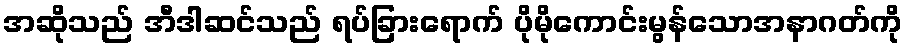
အဆိုသည် အီဒါဆင်သည် ရပ်ခြားရောက် ပိုမိုကောင်းမွန်သောအနာဂတ်ကို